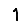
Digit: 1